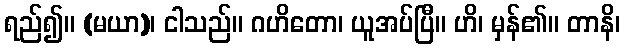
ရည်၍။ (မယာ)၊ ငါသည်။ ဂဟိတော၊ ယူအပ်ပြီ။ ဟိ၊ မှန်၏။ တာနိ၊